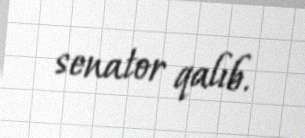
senator qalıb.